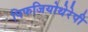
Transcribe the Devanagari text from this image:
पिफजियोथेरेपी